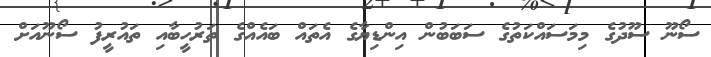
ސޯނޫ ސޫދުގެ މިމަސައްކަތުގެ ސަބަބުން އިންޑިޔާގެ އެތައް ބައެއްގެ ތަރުހީބާއި ތައުރީފު ސޯނޫއަށް